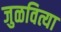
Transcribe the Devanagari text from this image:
जुळवित्या